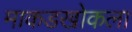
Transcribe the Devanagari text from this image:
माकडखोकला